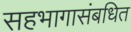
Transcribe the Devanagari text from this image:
सहभागासंबधित